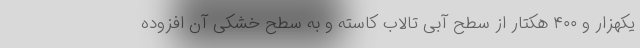
یکهزار و ۴۰۰ هکتار از سطح آبی تالاب کاسته و به سطح خشکی آن افزوده